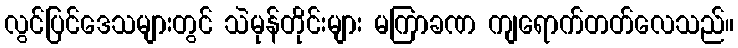
လွင်ပြင်ဒေသများတွင် သဲမုန်တိုင်းများ မကြာခဏ ကျရောက်တတ်လေသည်။